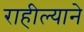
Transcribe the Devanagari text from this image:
राहील्याने